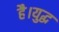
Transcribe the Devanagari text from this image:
है।युद्ध